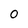
Character: 0